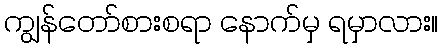
ကျွန်တော်စားစရာ နောက်မှ ရမှာလား။